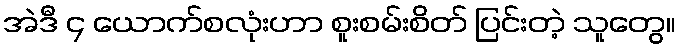
အဲဒီ ၄ ယောက်စလုံးဟာ စူးစမ်းစိတ် ပြင်းတဲ့ သူတွေ။